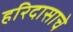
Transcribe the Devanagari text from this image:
हरिदासाचे